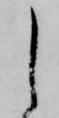
し